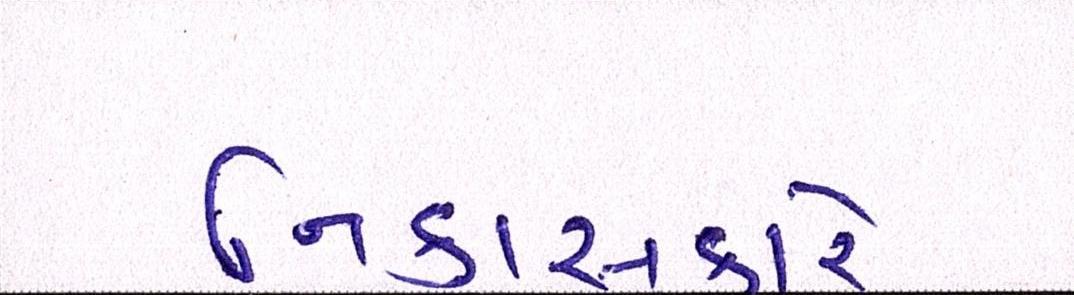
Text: નિકાસકારે